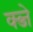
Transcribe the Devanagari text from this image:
क्ब्जे